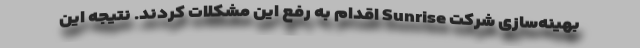
بهینه‌سازی شرکت Sunrise اقدام به رفع این مشکلات کردند. نتیجه این